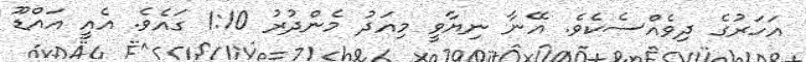
އަހަރުގެ ދިވެއްސެކެވެ. އޭނާ ނިޔާވީ މިއަދު މެންދުރު 1:10 ގައެވެ. އެއީ އައްޑޫ